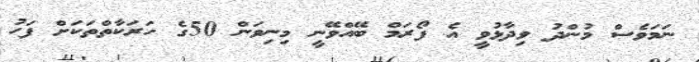
ނަމަވެސް މުންދު ވިދާޅުވީ އެ ފޯރަމް ބޭއްވޭނީ މިނިވަން 50ގެ ހަރަކާތްތަކަށް ފަހު